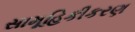
સામૂહિકીકરણ